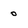
Character: 0